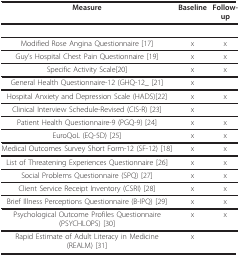
<table><thead><tr><td><b>Measure</b></td><td><b>Baseline</b></td><td><b>Follow-up</b></td></tr></thead><tbody><tr><td>Modified Rose Angina Questionnaire [17]</td><td>x</td><td>x</td></tr><tr><td>Guy&#x27;s Hospital Chest Pain Questionnaire [19]</td><td>x</td><td>x</td></tr><tr><td>Specific Activity Scale[20]</td><td>x</td><td>x</td></tr><tr><td>General Health Questionnaire-12 (GHQ-12_ [21]</td><td>x</td><td></td></tr><tr><td>Hospital Anxiety and Depression Scale (HADS)[22]</td><td>x</td><td>x</td></tr><tr><td>Clinical Interview Schedule-Revised (CIS-R) [23]</td><td>x</td><td></td></tr><tr><td>Patient Health Questionnaire-9 (PGQ-9) [24]</td><td>x</td><td>x</td></tr><tr><td>EuroQoL (EQ-5D) [25]</td><td>x</td><td>x</td></tr><tr><td>Medical Outcomes Survey Short Form-12 (SF-12) [18]</td><td>x</td><td>x</td></tr><tr><td>List of Threatening Experiences Questionnaire [26]</td><td>x</td><td>x</td></tr><tr><td>Social Problems Questionnaire (SPQ) [27]</td><td>x</td><td>x</td></tr><tr><td>Client Service Receipt Inventory (CSRI) [28]</td><td>x</td><td>x</td></tr><tr><td>Brief Illness Perceptions Questionnaire (B-IPQ) [29]</td><td>x</td><td>x</td></tr><tr><td>Psychological Outcome Profiles Questionnaire (PSYCHLOPS) [30]</td><td>x</td><td>x</td></tr><tr><td>Rapid Estimate of Adult Literacy in Medicine (REALM) [31]</td><td>x</td><td></td></tr></tbody></table>